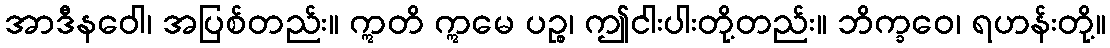
အာဒီနဝေါ၊ အပြစ်တည်း။ ဣတိ ဣမေ ပဉ္စ၊ ဤငါးပါးတို့တည်း။ ဘိက္ခဝေ၊ ရဟန်းတို့။